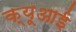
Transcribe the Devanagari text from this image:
क्यूआई